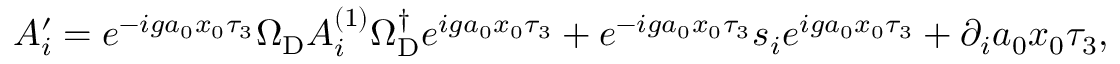
A _ { i } ^ { \prime } = e ^ { - i g a _ { 0 } x _ { 0 } \tau _ { 3 } } \Omega _ { \mathrm { D } } A _ { i } ^ { ( 1 ) } \Omega _ { \mathrm { D } } ^ { \dagger } e ^ { i g a _ { 0 } x _ { 0 } \tau _ { 3 } } + e ^ { - i g a _ { 0 } x _ { 0 } \tau _ { 3 } } s _ { i } e ^ { i g a _ { 0 } x _ { 0 } \tau _ { 3 } } + \partial _ { i } a _ { 0 } x _ { 0 } \tau _ { 3 } ,